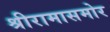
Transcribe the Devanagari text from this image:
श्रीरामासमोर